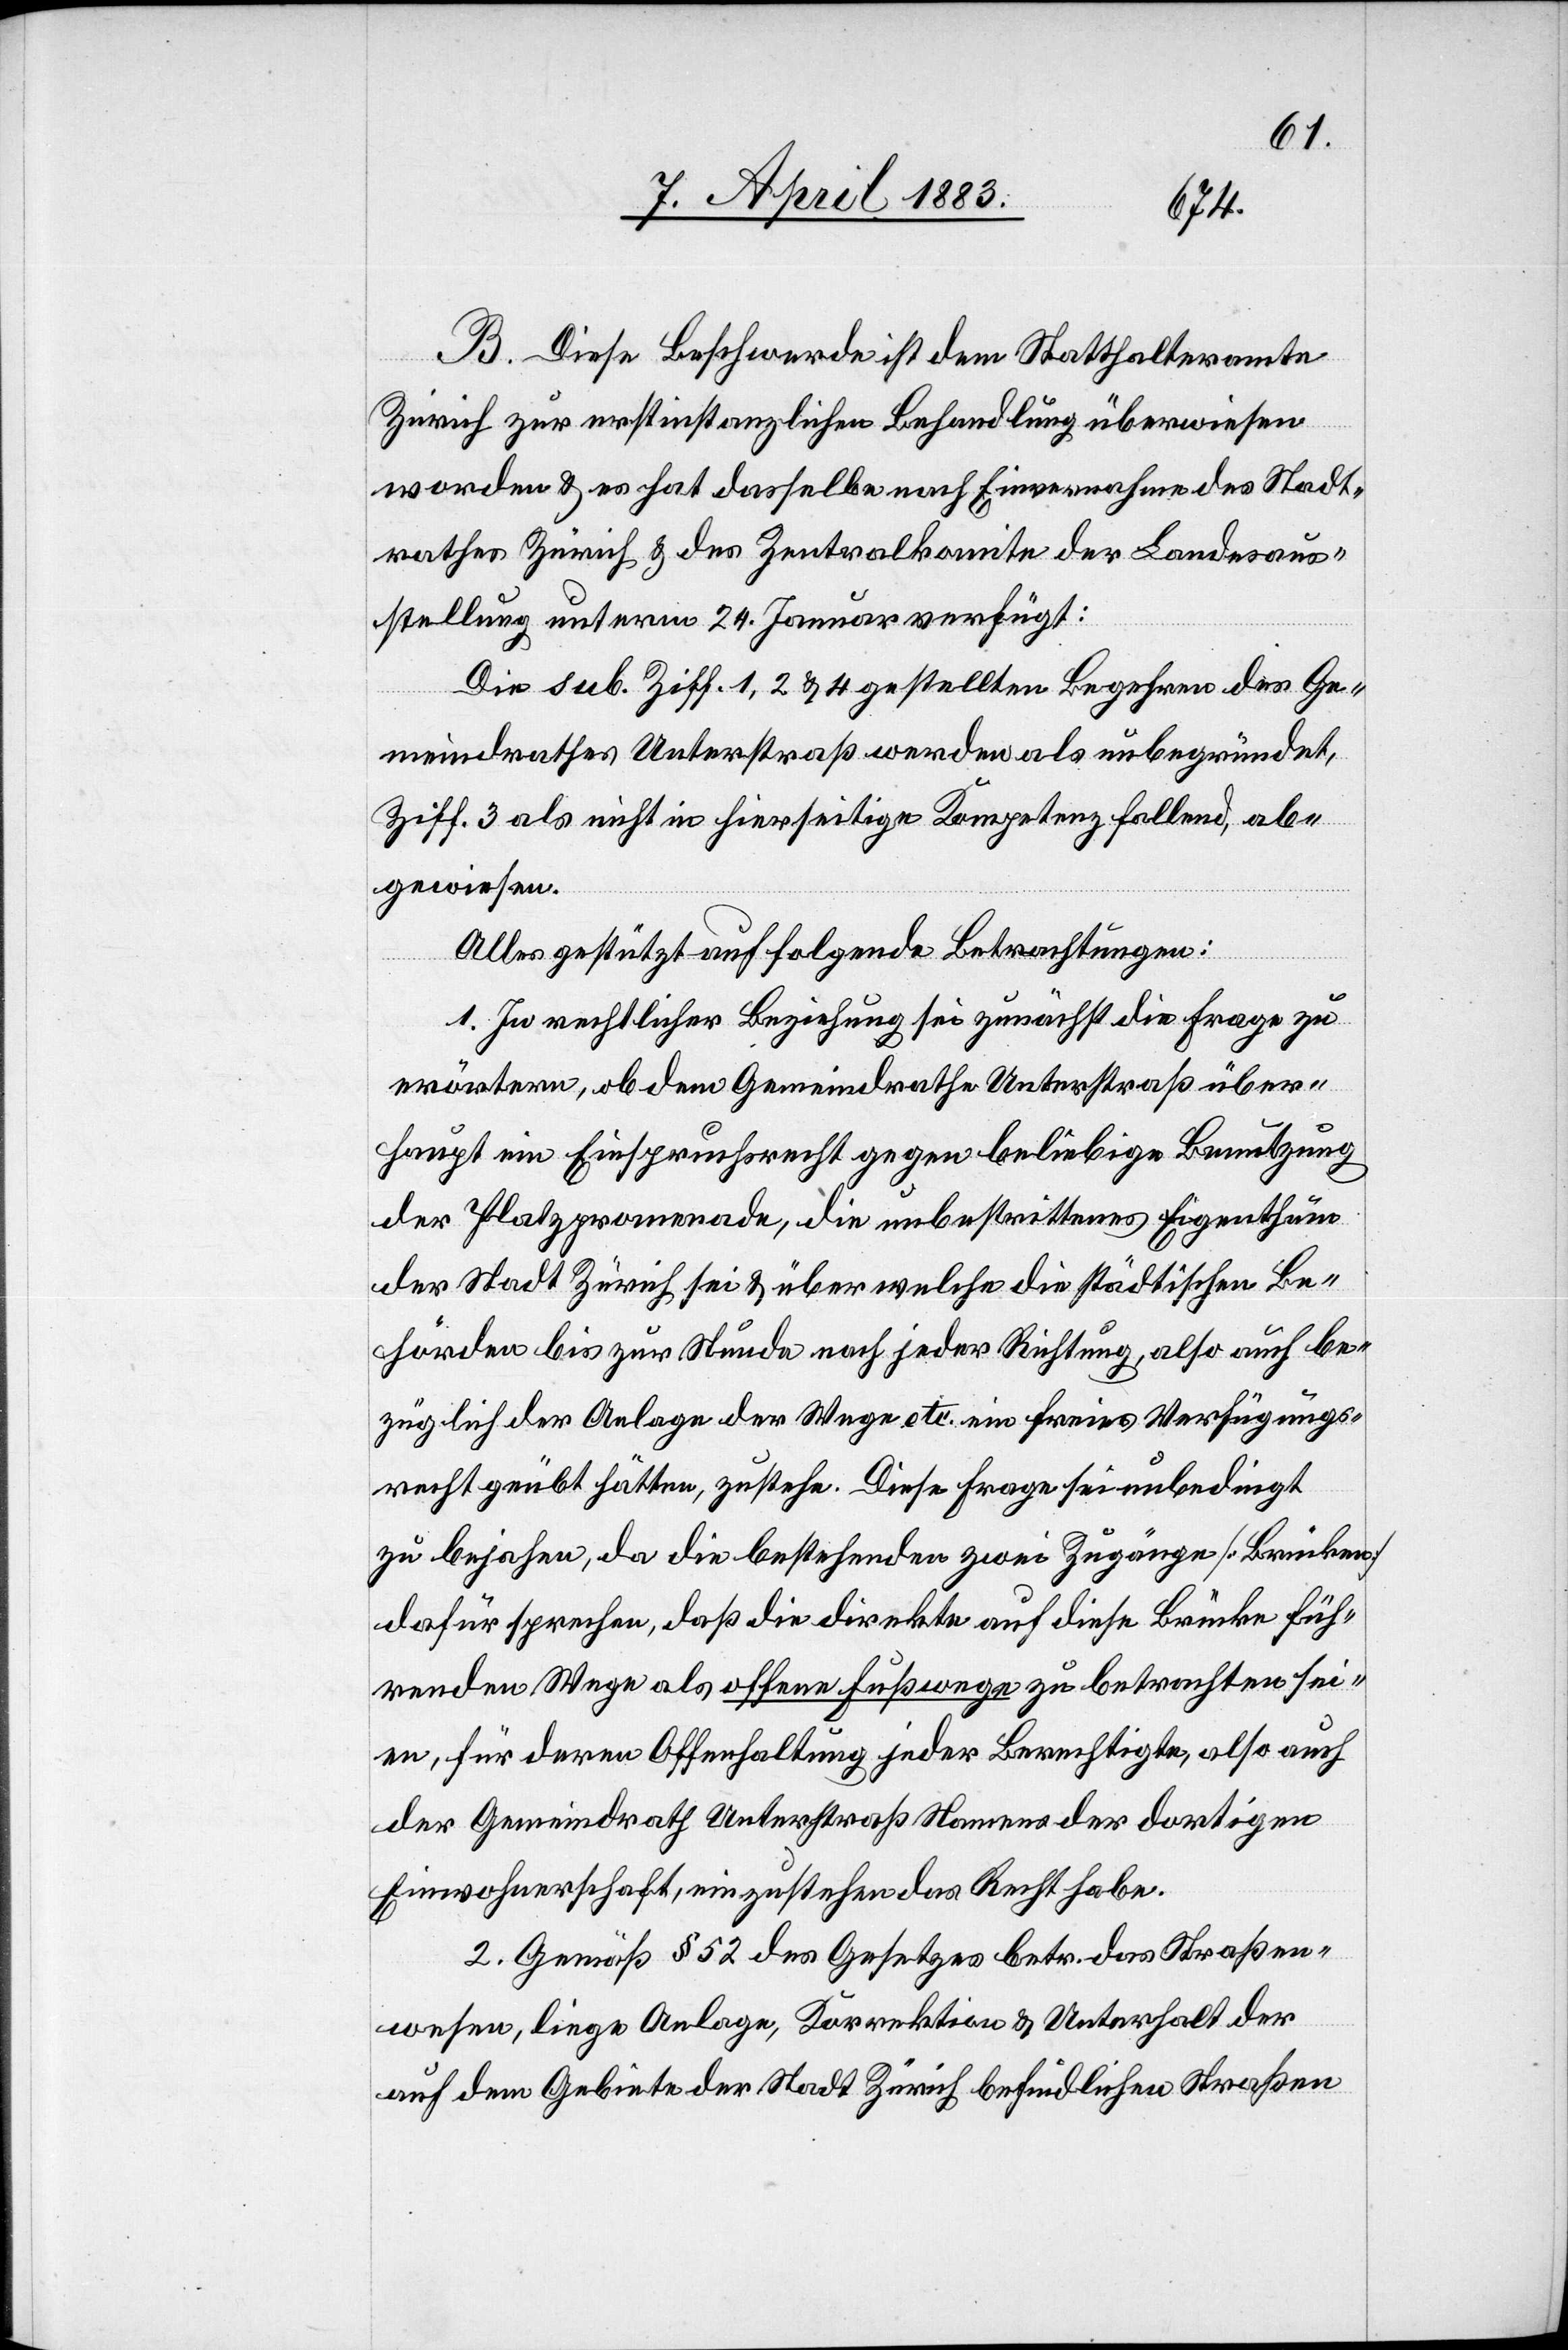
B. Diese Beschwerde ist dem Statthalteramte
Zürich zur erstinstanzlichen Behandlung überwiesen
worden & es hat dasselbe nach Einvernehmen des Stadt¬
rathes Zürich & des Zentralkomites der Landesaus¬
stellung unterm 24. Januar verfügt:
Die sub. Ziff. 1, 2 & 4 gestellten Begehren des Ge¬
meindrathes Unterstraß werden als unbegründet,
Ziff. 3 als nicht in hierseitige Kompetenz fallend, ab¬
gewiesen.
Alles gestützt auf folgende Betrachtungen:
1. In rechtlicher Beziehung sei zunächst die Frage zu
erörtern, ob dem Gemeindrathe Unterstraß über¬
haupt ein Einspruchsrecht gegen beliebige Benutzung
der Platzpromenade, die unbestrittenes Eigenthum
der Stadt Zürich sei & über welche die städtischen Be¬
hörden bis zur Stunde nach jeder Richtung, also auch be¬
züglich der Anlage der Wege etc. ein freies Verfügungs¬
recht geübt hätten, zustehe. Diese Frage sei unbedingt
zu bejahen, da die bestehenden zwei Zugänge [Brücken]
dafür sprechen, daß die direkte auf diese Brücke füh¬
renden Wege als offene Fußwege zu betrachten sei¬
en, für deren Offenhaltung jeder Berechtigte, also auch
der Gemeindrath Unterstraß Namens der dortigen
Einwohnerschaft, einzustehen das Recht habe.
2. Gemäß § 52 des Gesetzes betr. das Straßen¬
wesen, liege Anlage, Korrektion & Unterhalt der
auf dem Gebiete der Stadt Zürich befindlichen Straßen